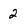
Character: 2